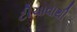
ટીચાવાથી